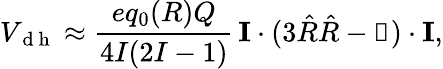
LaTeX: V_{\mathrm{~d~h~}}\approx\frac{eq_{0}(R)Q}{4I(2I-1)}\, {\mathbf I}\cdot(3\hat{R}\hat{R}-\mathbb{1})\cdot{\mathbf I},